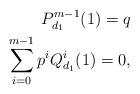
LaTeX: \begin{align*} P_{d_1}^{m-1}(1)=q\\\sum_{i=0}^{m-1} p^iQ_{d_1}^i(1)=0, \end{align*}